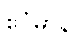
ဧဝံမာနိ